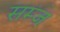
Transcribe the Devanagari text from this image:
सम्ज